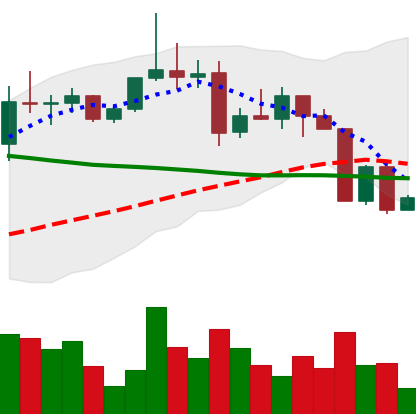
Ticker: XRP-USD
Chart end date: 2022-04-09
Forward return: -4.815%
Label: down_3_5